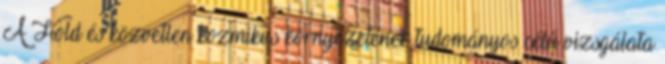
A Hold és közvetlen kozmikus környezetének tudományos célú vizsgálata